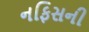
નફિસની